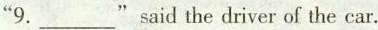
"9. ___ "said the driver of the car.